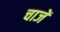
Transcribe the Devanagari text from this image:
चाजें